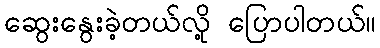
ဆွေးနွေးခဲ့တယ်လို့ ပြောပါတယ်။